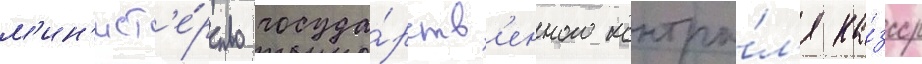
м'ин'ист'е́рство госуда́рств'енного контро́л'я ка́зсср